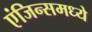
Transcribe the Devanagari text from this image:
एंजिन्समध्ये